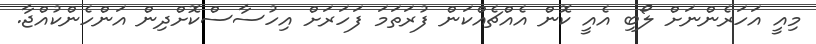
މިއީ އަހަރެންނަށް ލޯބި އެއީ ކޮން އެއްޗެއްކަން ފުރަތަމަ ފަހަރަށް އިހުސާސްކޮށްދިން އަންހެންކުއްޖާ.